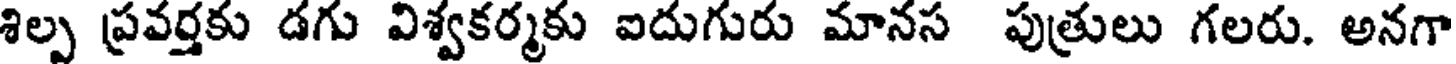
శిల్ప ప్రవర్తకు డగు విశ్వకర్మకు ఐదుగురు మానస పుత్రులు గలరు. అనగా